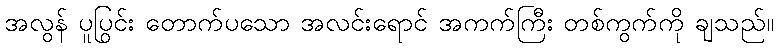
အလွန် ပူပြင်း တောက်ပသော အလင်းရောင် အကွက်ကြီး တစ်ကွက်ကို ချသည်။